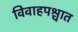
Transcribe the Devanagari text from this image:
विवाहपश्चात